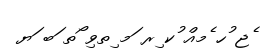
ެޖ ުހ ެމއް ުކ ިރ ަމ ިތވި ޯތ ަބ ަޔ